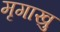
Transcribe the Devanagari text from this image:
मृगाखु